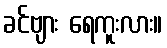
ခင်ဗျား ရေကူးလား။